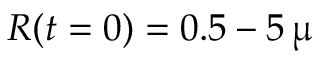
R ( t = 0 ) = 0 . 5 - 5 \, \upmu